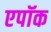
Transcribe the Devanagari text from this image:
एपॉक